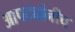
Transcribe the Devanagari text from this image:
आपट्यांनीच